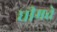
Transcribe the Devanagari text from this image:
धीमते